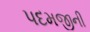
પદમજીની